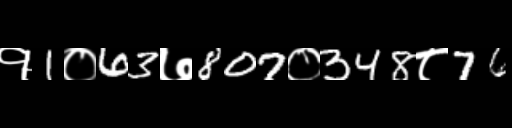
Text: १1०63७807०348८76